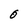
Character: O